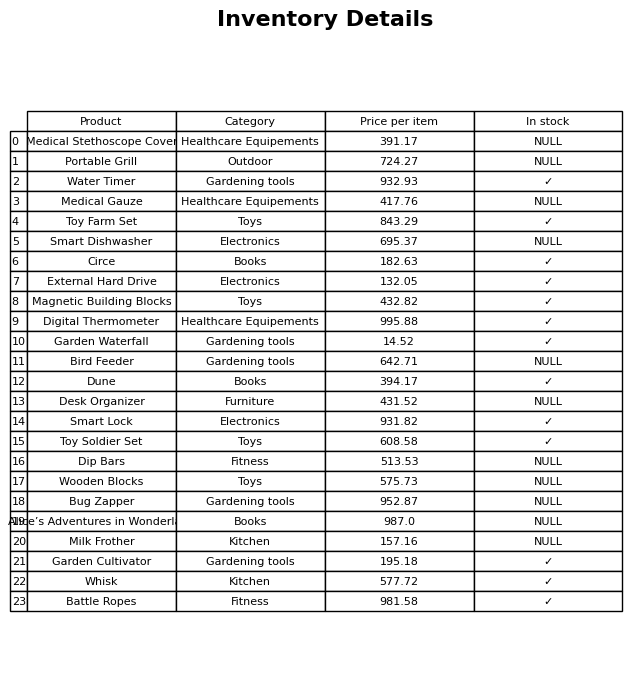
question: What is the price for Alice’s Adventures in Wonderland?
answer: The price of Alice’s Adventures in Wonderland is 987.0.